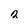
Character: 2